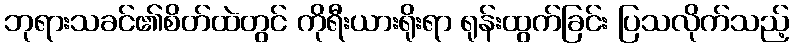
ဘုရားသခင်၏စိတ်ထဲတွင် ကိုရီးယားရိုးရာ ရုန်းထွက်ခြင်း ပြသလိုက်သည့်